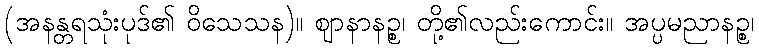
(အနန္တရသုံးပုဒ်၏ ဝိသေသန)။ ဈာနာနဉ္စ၊ တို့၏လည်းကောင်း။ အပ္ပမညာနဉ္စ၊